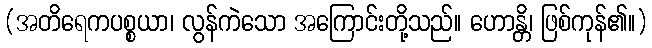
(အတိရေကပစ္စယာ၊ လွန်ကဲသော အကြောင်းတို့သည်။ ဟောန္တိ၊ ဖြစ်ကုန်၏။)